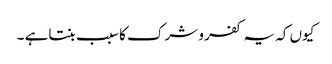
کیوں کہ یہ کفر و شرک کا سبب بنتاہے ۔